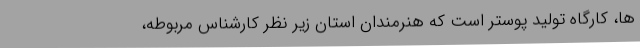
ها، کارگاه تولید پوستر است که هنرمندان استان زیر نظر کارشناس مربوطه،